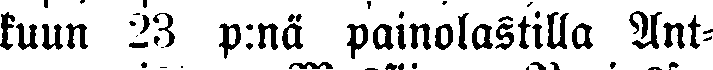
kuun 23 p:nä painolastilla Ant-